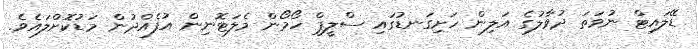
ޑޭލައިޓް ނުވަތަ ދުވާލުގެ އަލިން ހަށިގަނޑުގައި ސްލީޕް ހޯމޯން މެލަޓޮނިން އުފެއްދުން މަޑުކޮށްލައެވެ.